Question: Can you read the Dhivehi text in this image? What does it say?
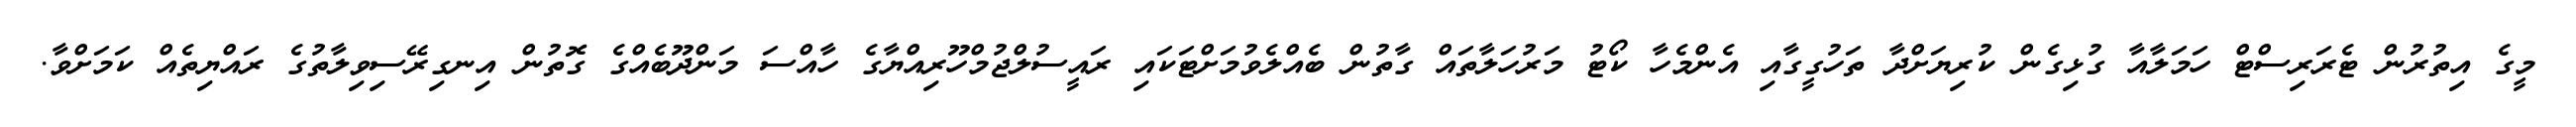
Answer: މީގެ އިތުރުން ޓެރަރިސްޓް ހަމަލާއާ ގުޅިގެން ކުރިޔަށްދާ ތަހުގީގާއި އެންމެހާ ކޯޓު މަރުހަލާތައް ގާތުން ބެއްލެވުމަށްޓަކައި ރައީސުލްޖުމްހޫރިއްޔާގެ ހާއްސަ މަންދޫބެއްގެ ގޮތުން އިނގިރޭސިވިލާތުގެ ރައްޔިތެއް ކަމަށްވާ.